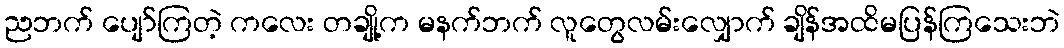
ညဘက် ပျော်ကြတဲ့ ကလေး တချို့က မနက်ဘက် လူတွေလမ်းလျှောက် ချိန်အထိမပြန်ကြသေးဘဲ